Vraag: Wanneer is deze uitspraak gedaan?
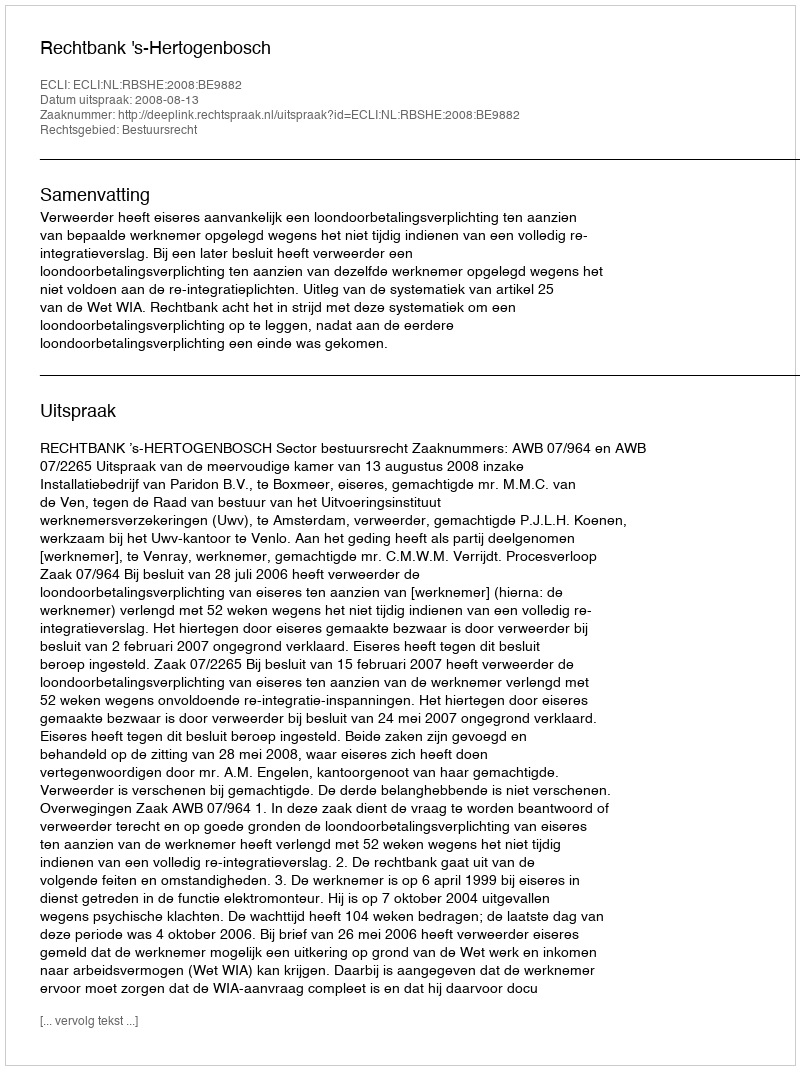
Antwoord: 2008-08-13